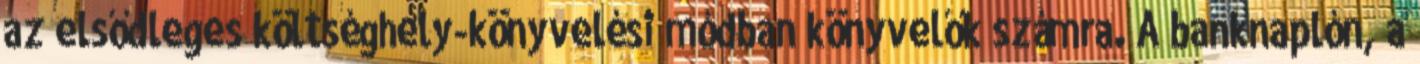
az elsődleges költséghely-könyvelési módban könyvelők számra. A banknaplón, a